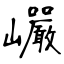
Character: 巗